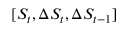
[ S _ { t } , \Delta S _ { t } , \Delta S _ { t - 1 } ]